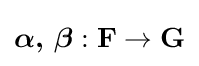
{\boldsymbol {\alpha ,\,\beta }}:{\boldsymbol {\mathbf {F} }}\rightarrow {\boldsymbol {\mathbf {G} }}